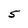
Character: 5